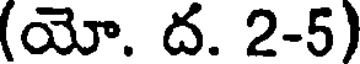
(యో. ద. 2-5)